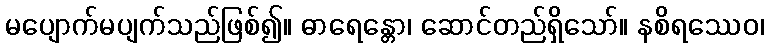
မပျောက်မပျက်သည်ဖြစ်၍။ ဓာရေန္တော၊ ဆောင်တည်ရှိသော်။ နစိရဿေဝ၊